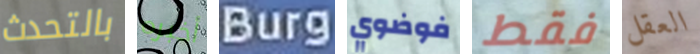
بالتحدث أخبره Burg فوضوي فقط العقل